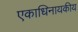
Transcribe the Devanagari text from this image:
एकाधिनायकीय